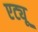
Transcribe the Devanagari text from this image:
एट्यू